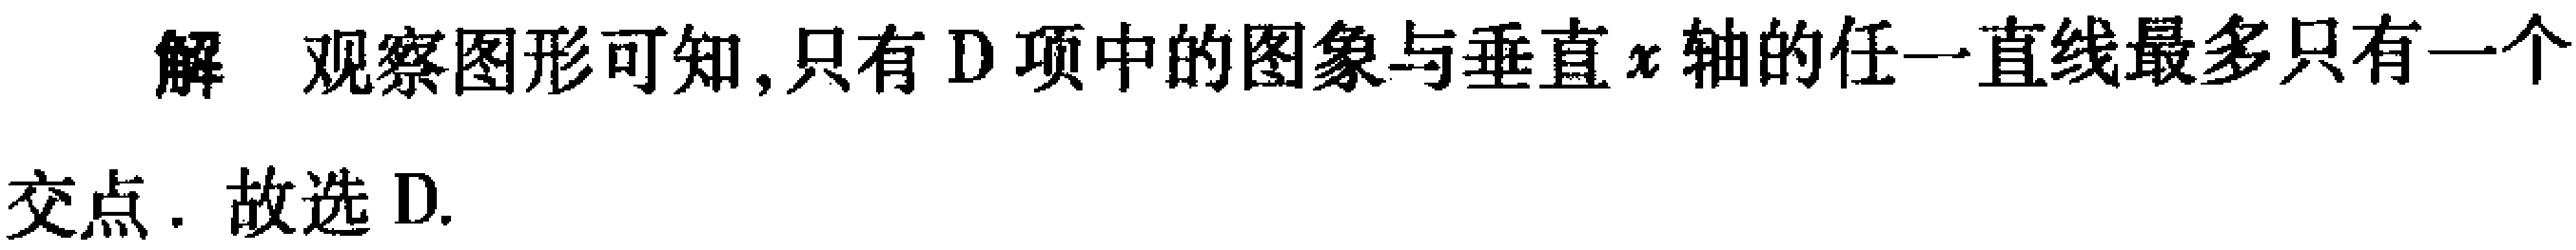
解 观察图形可知,只有D项中的图象与垂直\(x\)轴的任一直线最多只有一个

交点. 故选D.